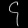
Digit: ၄